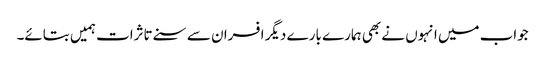
جواب میں انہوں نے بھی ہمارے بارے دیگر افسران سے سنے تاثرات ہمیں بتائے۔